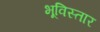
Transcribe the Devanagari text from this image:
भूविस्तार